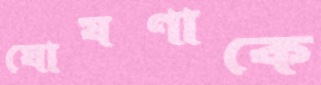
ঘোষণাকে